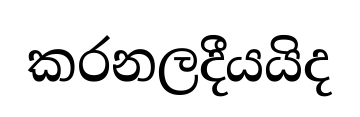
කරනලදීයයිද